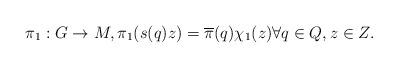
LaTeX: \begin{align*}\pi_1 : G \to M, \pi_1(s(q)z) = \overline{\pi}(q) \chi_1(z) \forall q \in Q, z \in Z.\end{align*}